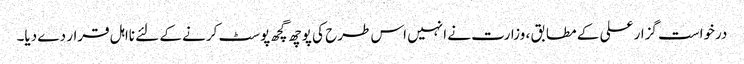
درخواست گزار علی کے مطابق ، وزارت نے انہیں اس طرح کی پوچھ گچھ پوسٹ کرنے کے لئے نااہل قرار دے دیا۔